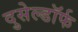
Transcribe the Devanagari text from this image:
दुसेल्डॉर्फ